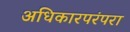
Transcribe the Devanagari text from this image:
अधिकारपरंपरा